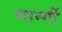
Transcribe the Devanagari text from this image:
नार्न्गी